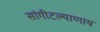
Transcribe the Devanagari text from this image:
सांगीटल्याणाय